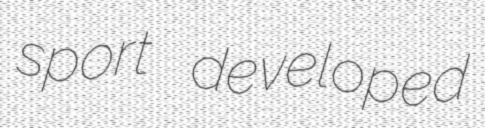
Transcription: sport developed